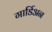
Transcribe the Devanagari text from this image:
गार्डिअन